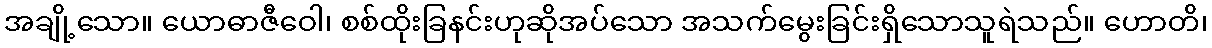
အချို့သော။ ယောဓာဇီဝေါ၊ စစ်ထိုးခြနင်းဟုဆိုအပ်သော အသက်မွေးခြင်းရှိသောသူရဲသည်။ ဟောတိ၊